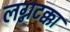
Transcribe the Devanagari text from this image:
लग्नटक्का